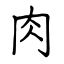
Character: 肉